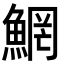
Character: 䱩